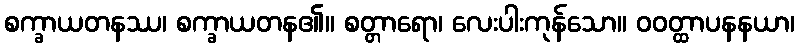
စက္ခာယတနဿ၊ စက္ခာယတန၏။ စတ္တာရော၊ လေးပါးကုန်သော။ ဝဝတ္ထာပနနယာ၊